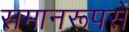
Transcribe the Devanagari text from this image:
समानरूपसे